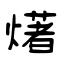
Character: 𤏸